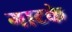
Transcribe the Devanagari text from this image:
गाटके